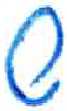
אות: ש